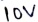
Text: 10V